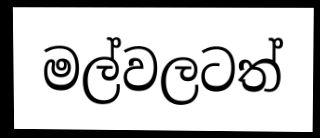
මල්වලටත්